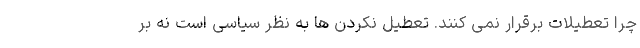
چرا تعطیلات برقرار نمی کنند. تعطیل نکردن ها به نظر سیاسی است نه بر